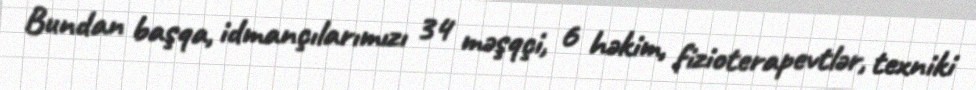
Bundan başqa, idmançılarımızı 34 məşqçi, 6 həkim, fizioterapevtlər, texniki